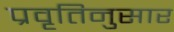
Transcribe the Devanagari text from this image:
प्रवृतिनुसार